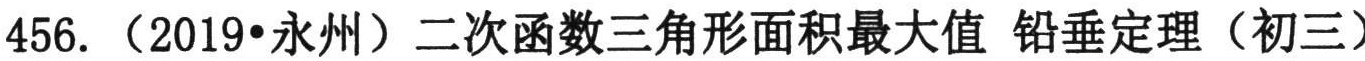
456. （2019•永州）二次函数三角形面积最大值 铅垂定理（初三）